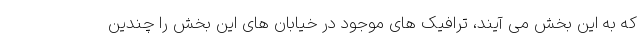
که به این بخش می آیند، ترافیک های موجود در خیابان های این بخش را چندین